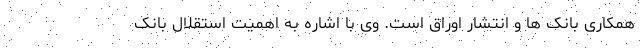
همکاری بانک ها و انتشار اوراق است. وی با اشاره به اهمیت استقلال بانک